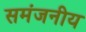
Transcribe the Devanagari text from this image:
समंजनीय